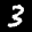
Label: 3